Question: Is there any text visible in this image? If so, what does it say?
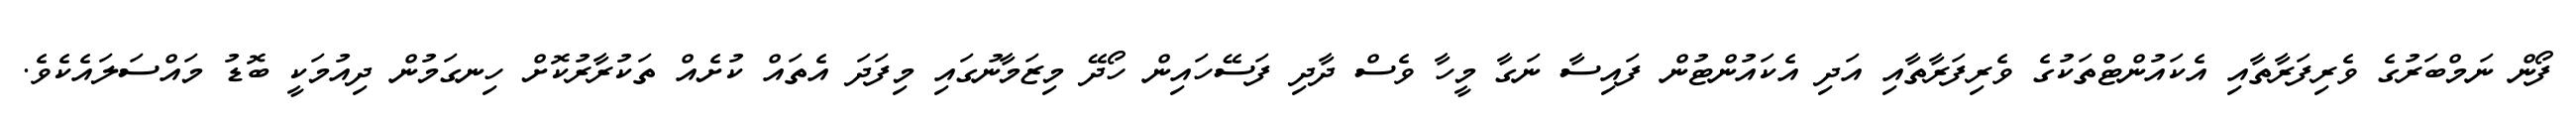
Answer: ފޯން ނަމްބަރުގެ ވެރިފަރާތާއި އެކައުންޓްތަކުގެ ވެރިފަރާތާއި އަދި އެކައުންޓުން ފައިސާ ނަގާ މީހާ ވެސް ދާދި ފަސޭހައިން ހޯދޭ މިޒަމާނުގައި މިފަދަ އެތައް ކުށެއް ތަކުރާރުކޮށް ހިނގަމުން ދިއުމަކީ ބޮޑު މައްސަލައެކެވެ.